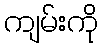
ကျမ်းကို